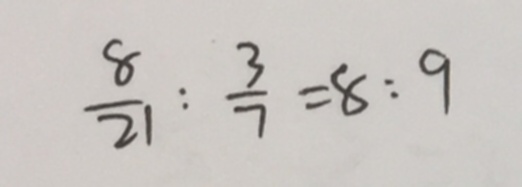
\frac { 8 } { 2 1 } : \frac { 3 } { 7 } = 8 : 9